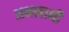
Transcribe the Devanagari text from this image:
अभाहानी